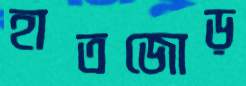
হাতজোড়